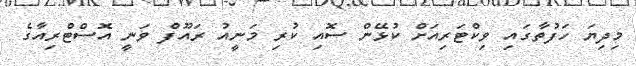
މިދިޔަ ހަފުތާގައި ވިކްޓަރިއަށް ކުޅޭން ސޮއި ކުރި މަނީއު ރައޫފް ވަނީ އޮސްޓްރިއާގެ